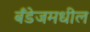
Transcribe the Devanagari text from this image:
बँडेजमधील